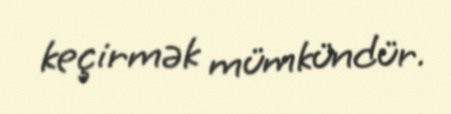
keçirmək mümkündür.